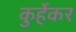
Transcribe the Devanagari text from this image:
कुर्हेकर